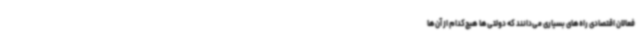
فعالان اقتصادی راه‌های بسیاری‌ می‌دانند که دولتی‌ها هیچ‌کدام از آن‌ها